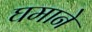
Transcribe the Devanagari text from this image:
घमाने